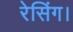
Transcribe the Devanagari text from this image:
रेसिंग।